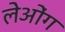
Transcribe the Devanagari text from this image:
लेओंग